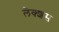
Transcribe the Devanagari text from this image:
लेक्शस